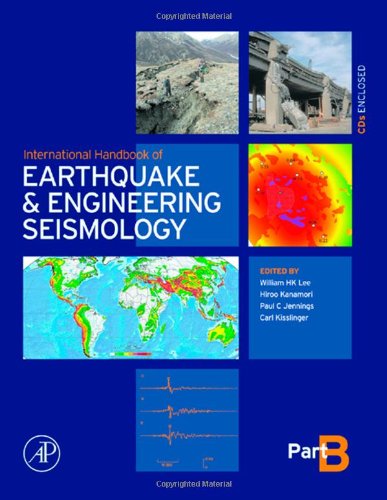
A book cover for International Handbook of Earthquake & Engineering Seismology, Part B, Volume 81B (International Geophysics); Science & Math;